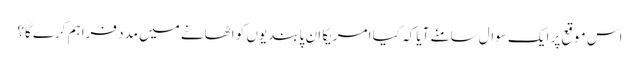
اس موقع پر ایک سوال سامنے آیا کہ کیا امریکا ان پابندیوں کو اٹھانے میں مدد فراہم کرے گا؟